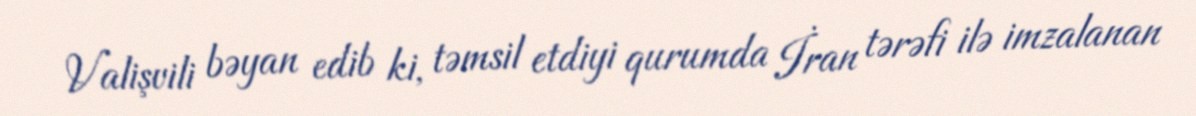
Valişvili bəyan edib ki, təmsil etdiyi qurumda İran tərəfi ilə imzalanan